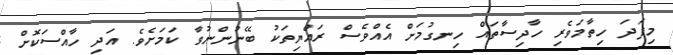
މިފަދަ ހިތާމަވެރި ހާދިސާތައް ހިނގުމަށް އެއްވެސް ރައްޔިތަކު ބޭނުންނުވާ ކަމަށެވެ. އަދި ހާއްސަކޮށް